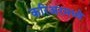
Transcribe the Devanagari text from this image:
करिअरमध्ये